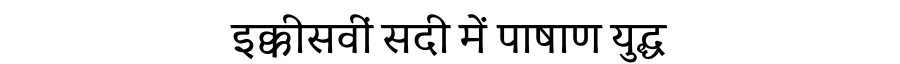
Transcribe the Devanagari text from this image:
इक्कीसवीं सदी में पाषाण युद्ध